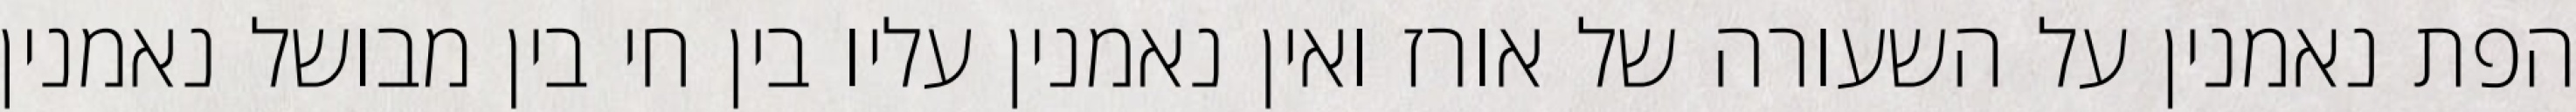
הפת נאמנין על השעורה של אורז ואין נאמנין עליו בין חי בין מבושל נאמנין